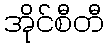
အိုင်စီတီ